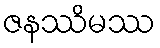
ဇနဿိမဿ